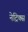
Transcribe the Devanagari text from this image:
नेट्रिक्स